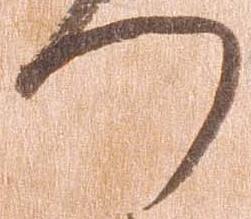
つ